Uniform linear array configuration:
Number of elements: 24
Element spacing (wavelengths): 1
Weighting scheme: blackman
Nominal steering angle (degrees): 0
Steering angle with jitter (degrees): -0.7852
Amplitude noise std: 0.05
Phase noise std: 0.05

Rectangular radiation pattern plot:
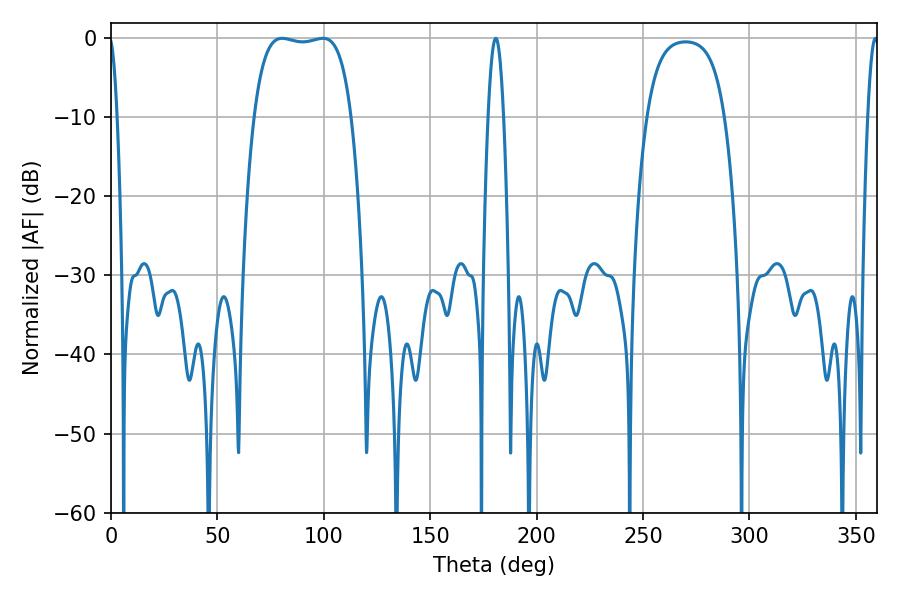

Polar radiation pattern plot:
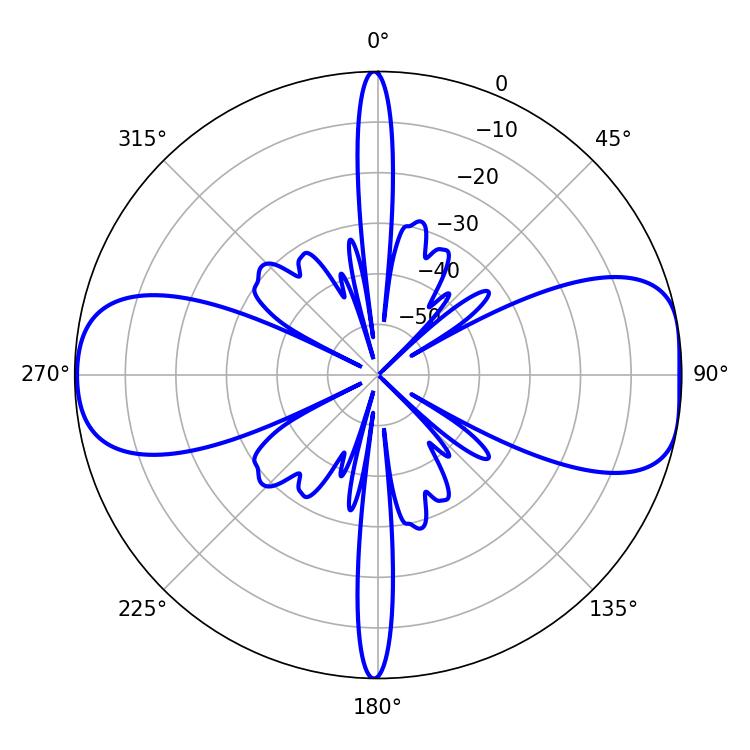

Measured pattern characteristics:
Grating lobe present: TRUE
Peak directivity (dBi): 9.699
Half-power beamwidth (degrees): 36.36
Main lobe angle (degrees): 80.46